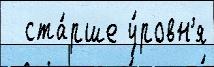
  ста́рше у́ровн'я